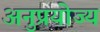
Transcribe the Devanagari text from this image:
अनुप्रयोज्य